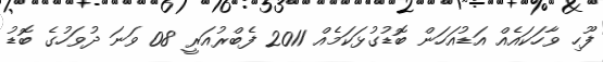
ފޫހި ވާހަކައެއް އަޑުއަހަން ބޮޑުގުޅަކަމެއް 2011 ފެބްރުއަރީ 08 ވަނަ ދުވަހުގެ ބޮޑު